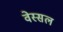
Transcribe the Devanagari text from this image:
वेस्सल